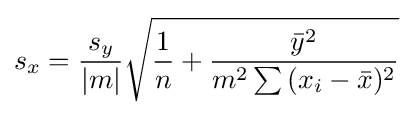
s_{x}={\frac {s_{y}}{|m|}}{\sqrt {{\frac {1}{n}}+{\frac {{\bar {y}}^{2}}{m^{2}\sum {(x_{i}-{\bar {x}})^{2}}}}}}